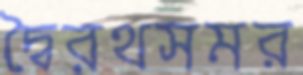
দ্বৈরথসমর